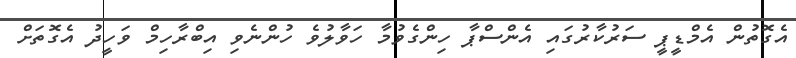
އެގޮތުން އެމްޑީޕީ ސަރުކާރުގައި އެންސްޕާ ހިންގެވުމާ ހަވާލުވެ ހުންނެވި އިބްރާހިމް ވަހީދު އެގޮތަށް